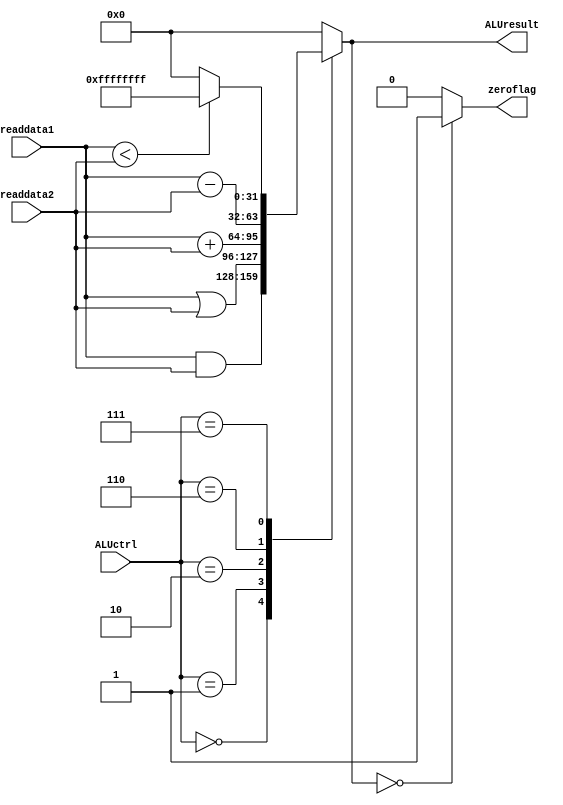
`timescale 1ns / 1ps
//////////////////////////////////////////////////////////////////////////////////
// Company: 
// Engineer: 
// 
// Design Name: 
// Module Name:    ALU 
// Project Name: 
// Target Devices: 
// Tool versions: 
// Description: 
//
// Dependencies: 
//
// Revision: 
// Revision 0.01 - File Created
// Additional Comments: 
//
//////////////////////////////////////////////////////////////////////////////////
module ALU(ALUresult, readdata1, readdata2, ALUctrl, zeroflag);

input [31:0] readdata1, readdata2;
input [3:0] ALUctrl;
output reg zeroflag;
output reg [31:0] ALUresult;

wire [31:0] A, B;

assign A = readdata1;
assign B = readdata2;

always@(*)
begin
	case(ALUctrl)
		4'd0: ALUresult = A & B;
		4'd1: ALUresult = A | B;
		4'd2: ALUresult = A + B;
		4'd6: ALUresult = A - B;
		4'd7: ALUresult = (A<B)? 32'b1111_1111_1111_1111_1111_1111_1111_1111:32'd0;
		default: ALUresult = 32'd0;
	endcase
end

initial
begin
	zeroflag = 0;
end

always@(*)
begin
	zeroflag = (ALUresult == 0)? 1'b1:1'b0;
end

endmodule